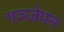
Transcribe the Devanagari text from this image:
गञ्जेपन